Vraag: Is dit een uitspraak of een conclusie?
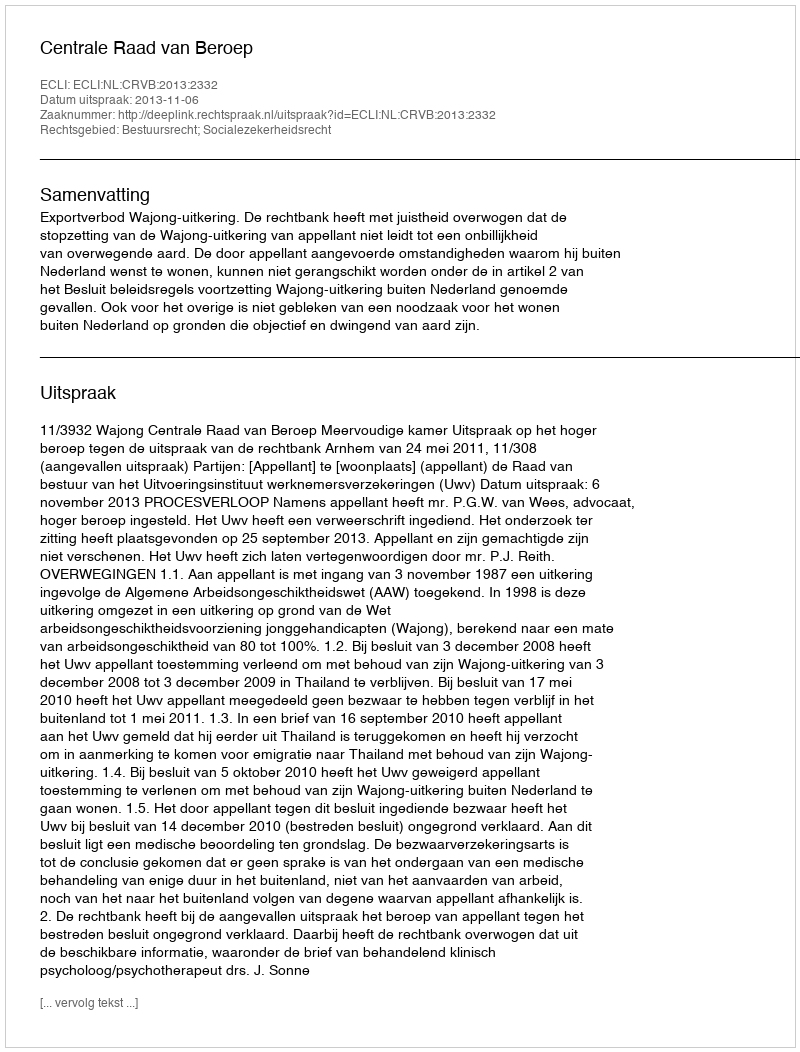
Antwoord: Uitspraak